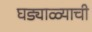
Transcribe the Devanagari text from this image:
घड्याळ्याची